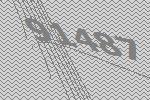
91487